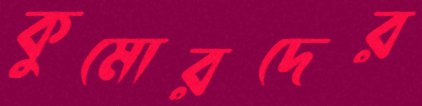
কুমোরদের